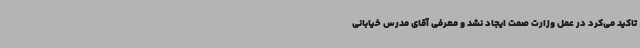
تاکید می‌کرد در عمل وزارت صمت ایجاد نشد و معرفی آقای مدرس خیابانی